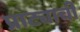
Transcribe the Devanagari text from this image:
प्राट्याची